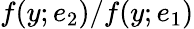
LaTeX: f(y;e_{2})/f(y;e_{1})